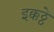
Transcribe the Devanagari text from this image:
इक्कठ्ठे